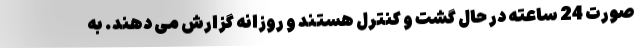
صورت 24 ساعته در حال گشت و کنترل هستند و روزانه گزارش می دهند. به